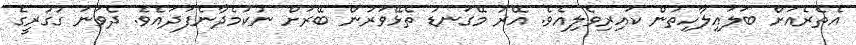
އެތެރެއަށް ބަލައިލާހިތުން ކައިރިވެލިއެވެ. އޭރު މޭގަނޑު ތެޅޭވަރުން ބޭރަށް ނުކުމެދާނެފަދައެވެ. ދެވަނަ ގުގުރީގެ